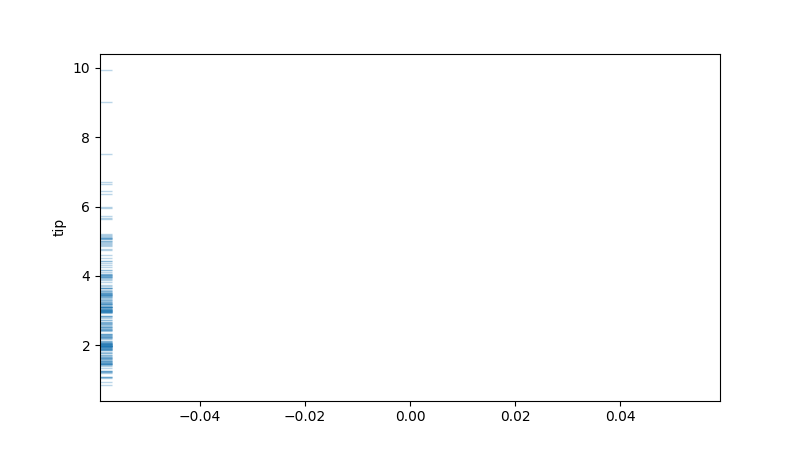
python, seaborn, rugplot, height=0.02, axis='y', alpha=0.3